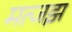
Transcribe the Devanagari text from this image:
मत्जझ